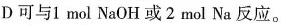
D可与1mol NaOH或2mol Na反应。